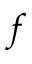
f